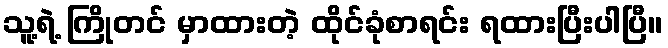
သူ့ရဲ့ ကြိုတင် မှာထားတဲ့ ထိုင်ခုံစာရင်း ရထားပြီးပါပြီ။